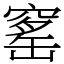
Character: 窰